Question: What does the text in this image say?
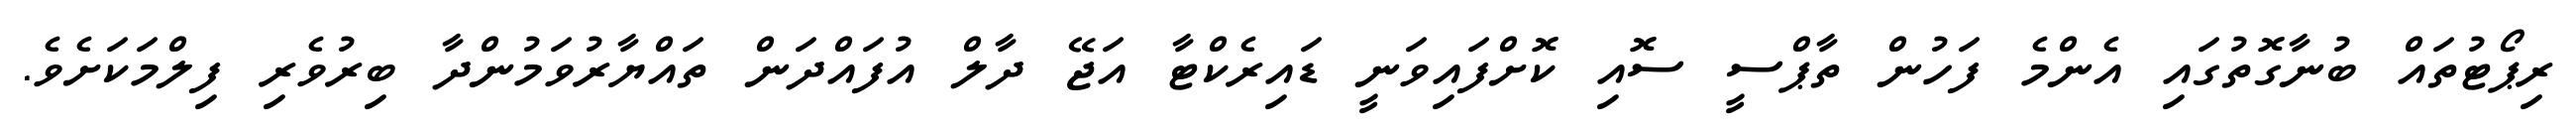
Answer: ރިޕޯޓުތައް ބުނާގޮތުގައި އެންމެ ފަހުން ތާޕްސީ ސޮއި ކޮށްފައިވަނީ ޑައިރެކްޓާ އަޖޭ ދާލް އުފައްދަން ތައްޔާރުވަމުންދާ ބިރުވެރި ފިލްމަކަށެވެ.